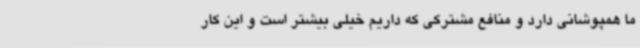
ما همپوشانی دارد و منافع مشترکی که داریم خیلی بیشتر است و این کار